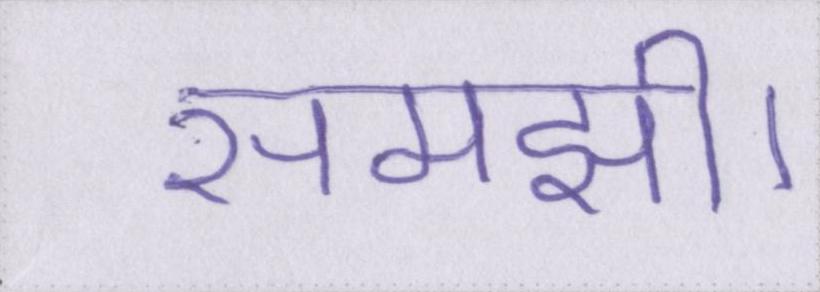
समझी।